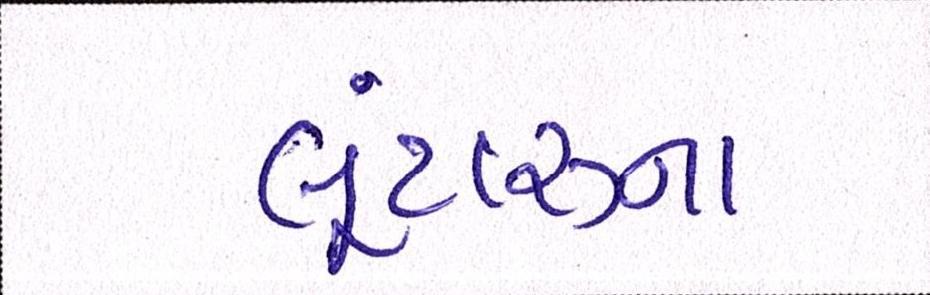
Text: લૂંટારુના